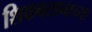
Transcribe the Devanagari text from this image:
शिकवतानाच्या